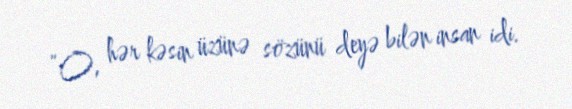
“O, hər kəsin üzünə sözünü deyə bilən insan idi.